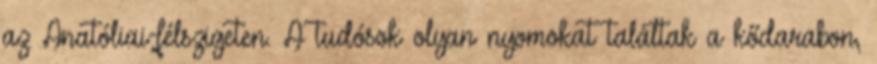
az Anatóliai-félszigeten. A tudósok olyan nyomokat találtak a kődarabon,